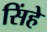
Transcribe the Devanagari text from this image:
सिंहे